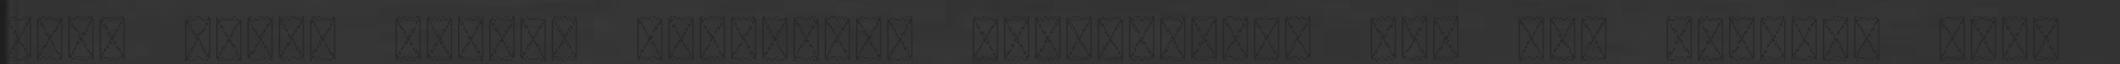
lesz nehéz jobban csinálni. adamisivan: Azt nem modnom, hogy